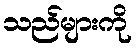
သည်များကို